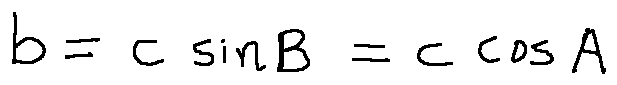
b = c \sin B = c \cos A